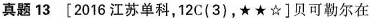
真题13[2016江苏单科，12C(3)，★★☆]贝可勒尔在